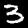
Digit: 3